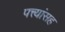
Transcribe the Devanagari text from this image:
पत्त्यांसह